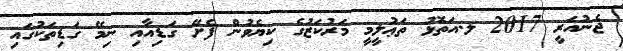
ޖެނުއަރީ 2017 ލ.އަތޮޅު ތަޢުލީމީ މަރުކަޒުގެ ކިޔެވުން ފެށޭ ގަޑިއާއި ނިމޭ ގަޑިތަކުގައި